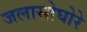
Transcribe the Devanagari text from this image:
जलासोघोरे